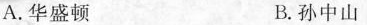
A. 华盛顿 B. 孙中山